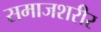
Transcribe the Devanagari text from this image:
समाजशरीर